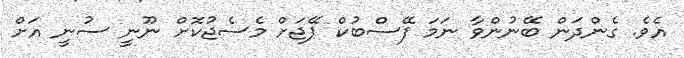
އެވެ. ގެންދަން ބޭނުންވާ ނަމަ ފޭސްބުކް ޕޭޖަށް މެސެޖުކޮށް ނޫނީ ސުނީ އަށް